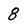
Character: 8